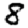
Digit: 8